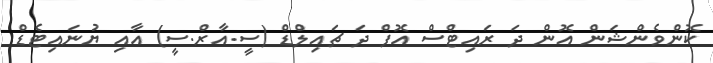
ކޮންވެންޝަން އޮން ދަ ރައިޓްސް އޮފް ދަ ޗައިލްޑް (ސީ.އާރް.ސީ) އާއި ޔުނައިޓެޑް